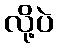
လို့ပဲ